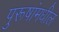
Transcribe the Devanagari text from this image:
पुरूषांमधील